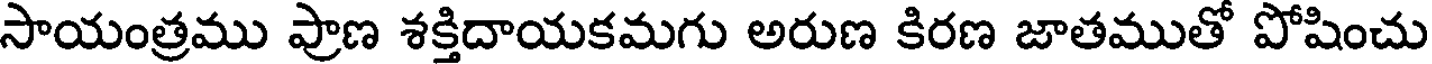
సాయంత్రము ప్రాణ శక్తిదాయకమగు అరుణ కిరణ జాతముతో పోషించు